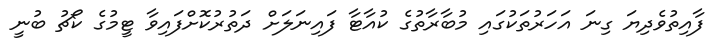
ފާއިތުވެދިޔަ ގިނަ އަހަރުތަކުގައި މުބާރާތުގެ ކުއާޓާ ފައިނަލަށް ދަތުރުކޮށްފައިވާ ޓީމުގެ ކޯޗު ބުނީ